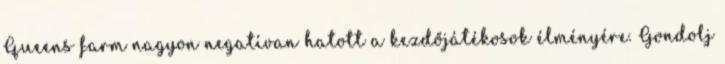
Queens farm nagyon negatívan hatott a kezdőjátékosok élményére. Gondolj